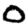
Digit: 0